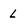
Character: L